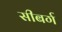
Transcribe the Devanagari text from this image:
सीबर्ग